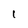
Character: 1